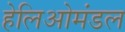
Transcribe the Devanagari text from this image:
हेलिओमंडल